Indian journal of veterinary science and animal husbandry - Volumes 24-25, 1954-1955
Year: 1954
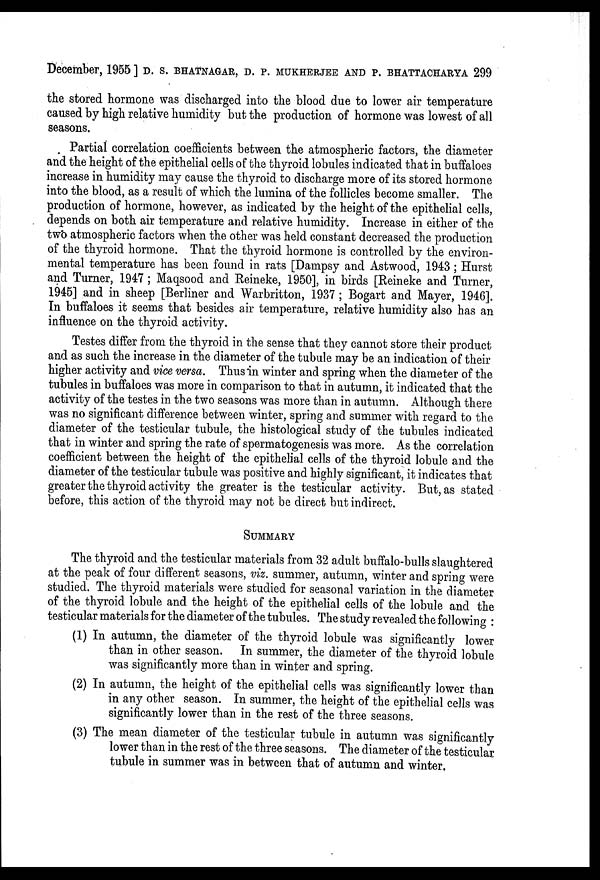
December, 1955 ] D. S. BHATNAGAR, D. P. MUKHERJEE AND P. BHATTACHARYA 299
the stored hormone was discharged into the blood due to lower air temperature
caused by high relative humidity but the production of hormone was lowest of all
seasons.
Partial correlation coefficients between the atmospheric factors, the diameter
and the height of the epithelial cells of the thyroid lobules indicated that in buffaloes
increase in humidity may cause the thyroid to discharge more of its stored hormone
into the blood, as a result of which the lumina of the follicles become smaller. The
production of hormone, however, as indicated by the height of the epithelial cells,
depends on both air temperature and relative humidity. Increase in either of the
two atmospheric factors when the other was held constant decreased the production
of the thyroid hormone. That the thyroid hormone is controlled by the environ-
mental temperature has been found in rats [Dampsy and Astwood, 1943; Hurst
and Turner, 1947; Maqsood and Reineke, 1950], in birds [Reineke and Turner,
1945] and in sheep [Berliner and Warbritton, 1937 ; Bogart and Mayer,
1946].In
influence on the thyroid activity.
Testes differ from the thyroid in the sense that they cannot store their product
and as such the increase in the diameter of the tubule may be an indication of their
higher activity and vice versa. Thus in winter and spring when the diameter of the
tubules in buffaloes was more in comparison to that in autumn, it indicated that the
activity of the testes in the two seasons was more than in autumn. Although there
was no significant difference between winter, spring and summer with regard to the
diameter of the testicular tubule, the histological study of the tubules indicated
that in winter and spring the rate of spermatogenesis was more. As the correlation
coefficient between the height of the epithelial cells of the thyroid lobule and the
diameter of the testicular tubule was positive and highly significant, it indicates that
greater the thyroid activity the greater is the testicular activity. But, as stated
before, this action of the thyroid may not be direct but indirect.
SUMMARY
The thyroid and the testicular materials from 32 adult buffalo-bulls slaughtered
at the peak of four different seasons, viz. summer, autumn, winter and spring were
studied. The thyroid materials were studied for seasonal variation in the diameter
of the thyroid lobule and the height of the epithelial cells of the lobule and the
testicular materials for the diameter of the tubules. The study revealed the following:
(1) In autumn, the diameter of the thyroid lobule was significantly lower
than in other season. In summer, the diameter of the thyroid lobule
was significantly more than in winter and spring.
(2) In autumn, the height of the epithelial cells was significantly lower than
in any other season. In summer, the height of the epithelial cells was
significantly lower than in the rest of the three seasons.
(3) The mean diameter of the testicular tubule in autumn was significantly
lower than in the rest of the three seasons. The diameter of the testicular
tubule in summer was in between that of autumn and winter.